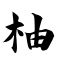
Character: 柚